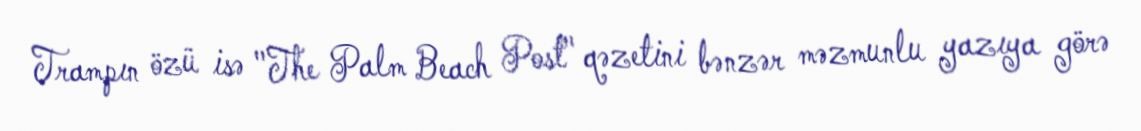
Trampın özü isə "The Palm Beach Post" qəzetini bənzər məzmunlu yazıya görə